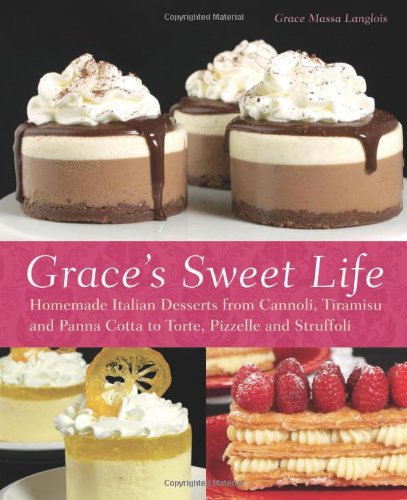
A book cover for Grace's Sweet Life: Homemade Italian Desserts from Cannoli, Tiramisu, and Panna Cotta to Torte, Pizzelle, and Struffoli; Grace Massa-Langlois; Cookbooks, Food & Wine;